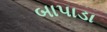
બાપાડા